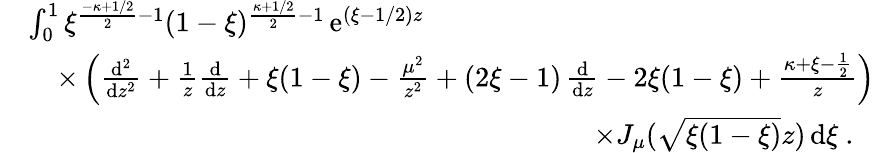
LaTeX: \begin{array}{r}{\begin{array}{rl}&{\int_{0}^{1}\xi^{\frac{-\kappa+1/2}{2}-1}(1-\xi)^{\frac{\kappa+1/2}{2}-1}\, \mathrm{e}^{(\xi-1/2)z}}\\ &{\quad\times\left(\frac{\mathrm{d}^{2}}{\mathrm{d}z^{2}}+\frac{1}{z}\frac{\mathrm{d}}{\mathrm{d}z}+\xi(1-\xi)-\frac{\mu^{2}}{z^{2}}+(2\xi-1)\, \frac{\mathrm{d}}{\mathrm{d}z}-2\xi(1-\xi)+\frac{\kappa+\xi-\frac{1}{2}}{z}\right)}\\ &{\qquad\qquad\qquad\qquad\qquad\qquad\qquad\qquad\qquad\qquad\times J_{\mu}(\sqrt{\xi(1-\xi)}z)\, \mathrm{d}\xi\ .}\end{array}}\end{array}